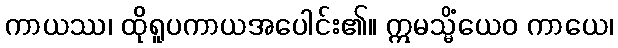
ကာယဿ၊ ထိုရူပကာယအပေါင်း၏။ ဣမသ္မိံယေဝ ကာယေ၊